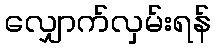
လျှောက်လှမ်းရန်